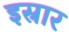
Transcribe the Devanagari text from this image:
इस्रार